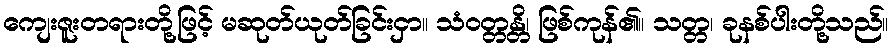
ကျေးဇူးတရားတို့ဖြင့် မဆုတ်ယုတ်ခြင်းငှာ။ သံဝတ္တန္တိ၊ ဖြစ်ကုန်၏။ သတ္တ၊ ခုနစ်ပါးတို့သည်။